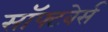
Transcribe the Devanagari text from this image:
सॉफ्टवेर्स